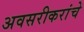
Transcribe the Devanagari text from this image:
अवसरीकरांचे